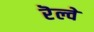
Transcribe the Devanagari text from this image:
रॆल्वे